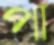
পা